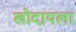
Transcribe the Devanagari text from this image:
खोदायला